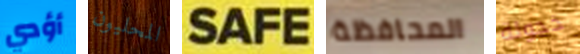
أؤدي المحليون SAFE المحافظة خجولة